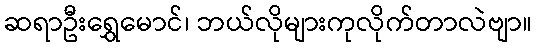
ဆရာဦးရွှေမောင်၊ ဘယ်လိုများကုလိုက်တာလဲဗျာ။